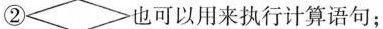
②也可以用来执行计算语句；